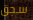
سجق